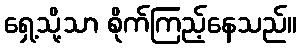
ရှေ့သို့သာ စိုက်ကြည့်နေသည်။